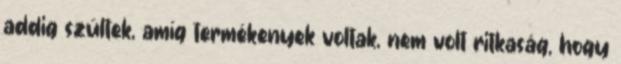
addig szültek, amíg termékenyek voltak, nem volt ritkaság, hogy